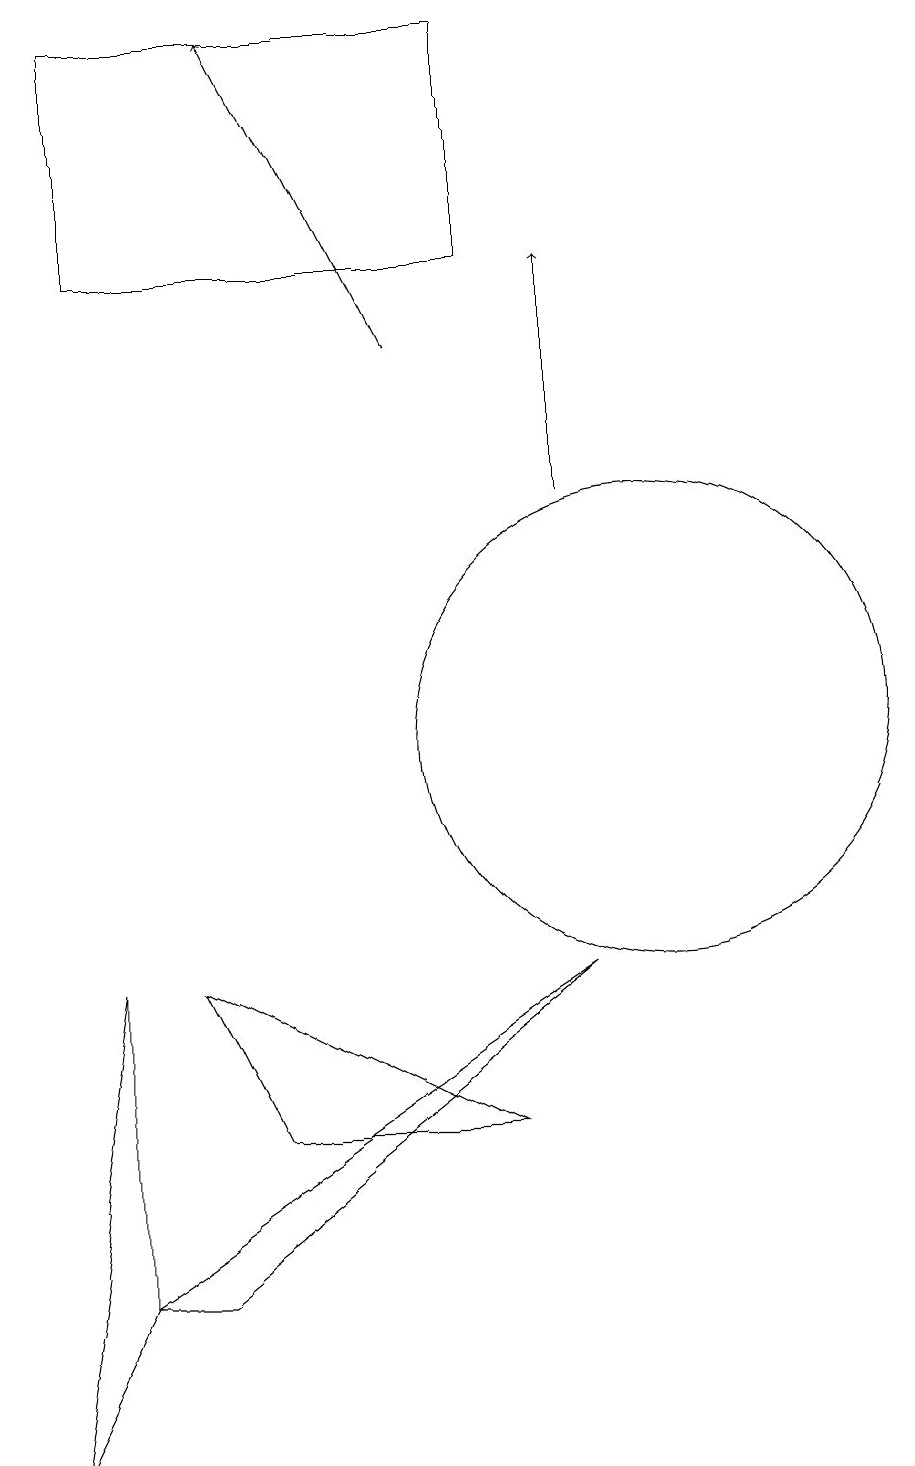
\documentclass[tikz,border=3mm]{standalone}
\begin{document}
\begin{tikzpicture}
\draw (8,16) rectangle (3,19);
\draw[->] (7,15) -- (5,19);
\draw (4,3) -- (9,7) -- (3,3) -- cycle;
\draw (2,1) -- (3,7) -- (3,3) -- cycle;
\draw (10,10) circle (3);
\draw (4,7) -- (8,5) -- (5,5) -- cycle;
\draw[->] (9,13) -- (9,16);
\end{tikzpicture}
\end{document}